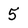
Character: 5